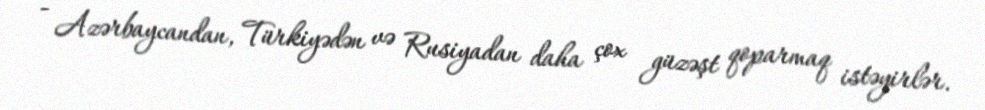
- Azərbaycandan, Türkiyədən və Rusiyadan daha çox güzəşt qoparmaq istəyirlər.